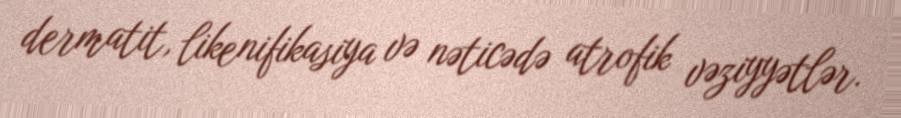
dermatit, likenifikasiya və nəticədə atrofik vəziyyətlər.